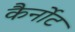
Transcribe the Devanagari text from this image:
कैर्नोट